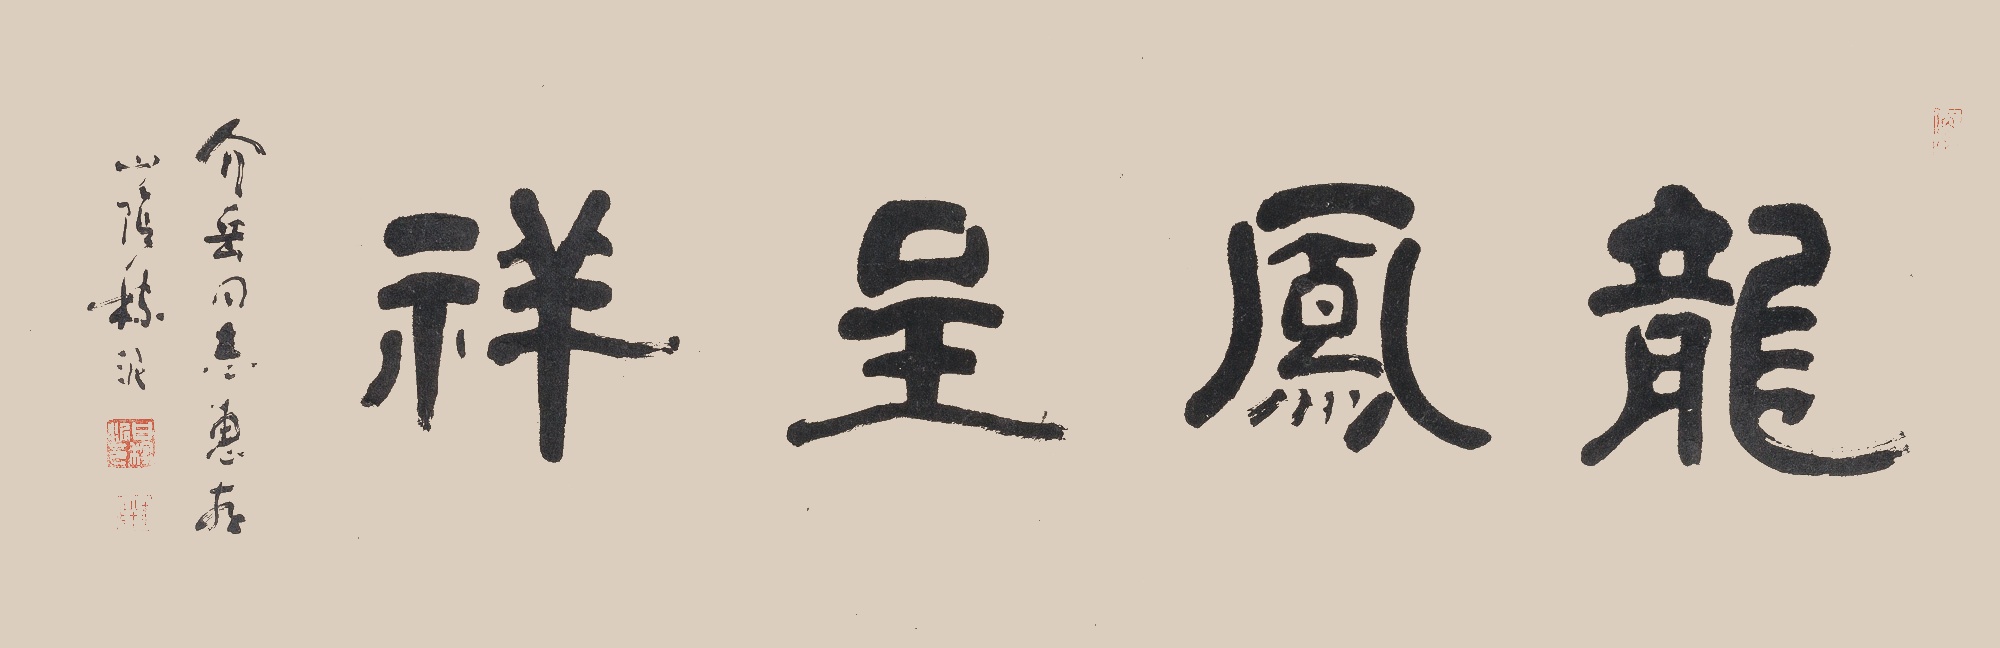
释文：龙凤呈祥介岳同志惠存，山阴稼泥。